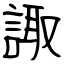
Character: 諏